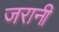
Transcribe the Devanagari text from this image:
जरानी